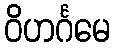
ဝိဟင်္ဂမေ